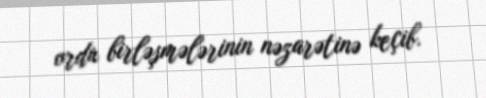
ordu birləşmələrinin nəzarətinə keçib.